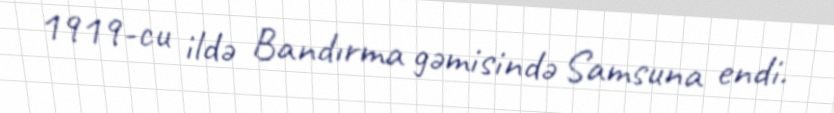
1919-cu ildə Bandırma gəmisində Samsuna endi.